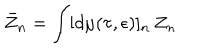
\bar { Z } _ { n } = \int [ d \mu ( \tau , \epsilon ) ] _ { n } \, Z _ { n } \,